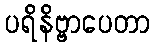
ပရိနိဗ္ဗာပေတာ